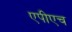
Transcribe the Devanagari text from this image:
एपीएच